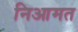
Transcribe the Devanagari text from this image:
निआमत